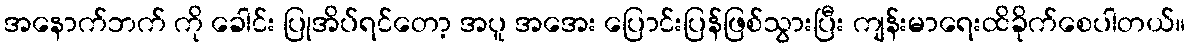
အနောက်ဘက် ကို ခေါင်း ပြုအိပ်ရင်တော့ အပူ အအေး ပြောင်းပြန်ဖြစ်သွားပြီး ကျန်းမာရေးထိခိုက်စေပါတယ်။